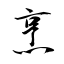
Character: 烹